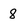
Character: 8